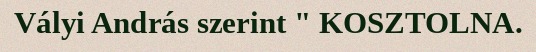
Vályi András szerint " KOSZTOLNA.